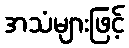
အသံများဖြင့်